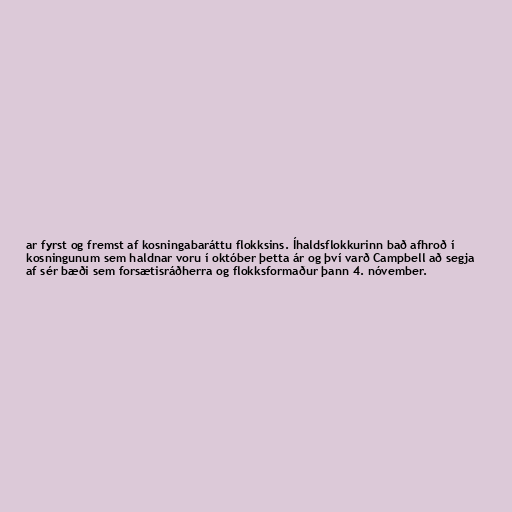
ar fyrst og fremst af kosningabaráttu flokksins. Íhaldsflokkurinn bað afhroð í
kosningunum sem haldnar voru í október þetta ár og því varð Campbell að segja
af sér bæði sem forsætisráðherra og flokksformaður þann 4. nóvember.